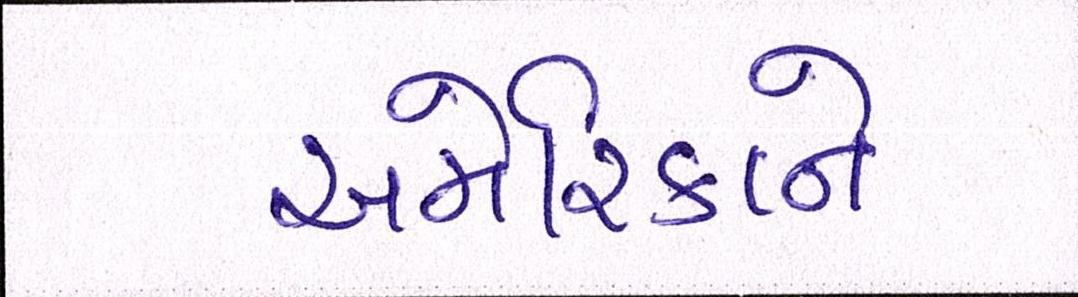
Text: અમેરિકાને